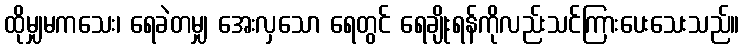
ထိုမျှမကသေး၊ ရေခဲတမျှ အေးလှသော ရေတွင် ရေချိုးရန်ကိုလည်းသင်ကြားပေးသေးသည်။